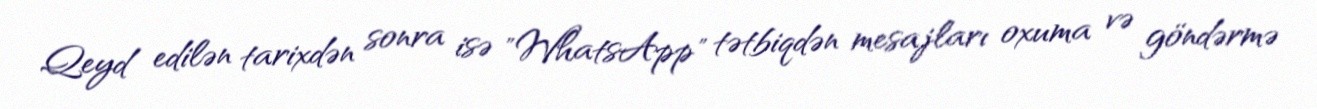
Qeyd edilən tarixdən sonra isə "WhatsApp" tətbiqdən mesajları oxuma və göndərmə